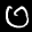
Label: 0